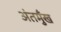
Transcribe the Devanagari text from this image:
अंतमुँख